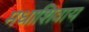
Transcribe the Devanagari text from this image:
मधाशिवाय